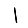
Digit: 1